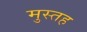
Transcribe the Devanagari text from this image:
मुस्तह